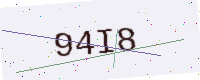
Text: 94I8